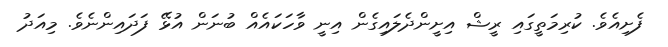
ފެށިއެވެ. ކުރިމަތީގައި ރީޝް އިށީންދެލައިގެން އިނީ ވާހަކައެއް ބުނަން އުޅޭ ފަދައިންނެވެ. މިއަދު